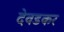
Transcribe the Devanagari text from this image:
देवडकर